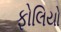
ફોલિયો